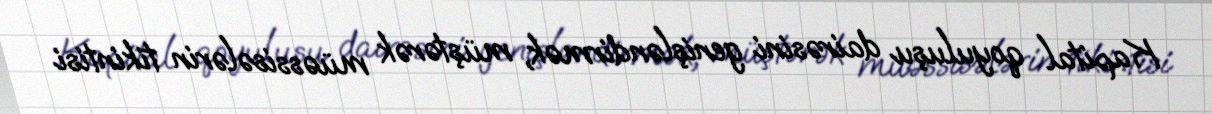
Kapital qoyuluşu dairəsini genişləndirmək, müştərək müəssisələrin tikintisi